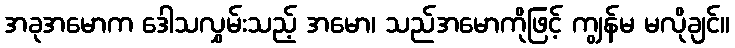
အခုအမောက ဒေါသလွှမ်းသည့် အမော၊ သည်အမောကိုဖြင့် ကျွန်မ မလိုချင်။